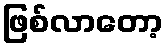
ဖြစ်လာတော့